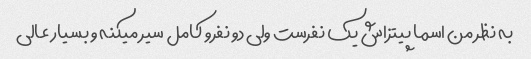
به نظر من اسما پیتزاش یک نفرست ولی دو نفرو کامل سیر میکنه و بسیار عالی